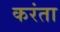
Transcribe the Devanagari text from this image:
करंता